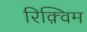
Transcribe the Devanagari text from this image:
रिक़्विम